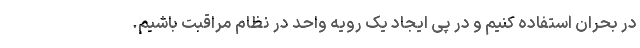
در بحران استفاده کنیم و در پی ایجاد یک رویه واحد در نظام مراقبت باشیم.